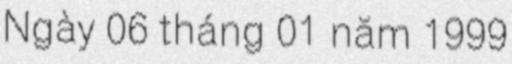
Ngày 06 tháng 01 năm 1999